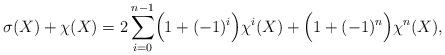
LaTeX: \begin{align*}\sigma(X) + \chi(X) = 2\sum_{i=0}^{n-1} \Bigl(1 + (-1)^i \Bigr) \chi^i(X)+ \Bigl (1 + (-1)^n \Bigr) \chi^n(X),\end{align*}